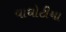
વાઘોટીયા